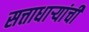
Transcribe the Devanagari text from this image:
सत्ताधार्‍यांची